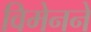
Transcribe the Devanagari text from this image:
विमेनने